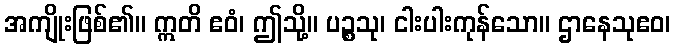
အကျိုးဖြစ်၏။ ဣတိ ဧဝံ၊ ဤသို့။ ပဉ္စသု၊ ငါးပါးကုန်သော။ ဌာနေသုဧဝ၊